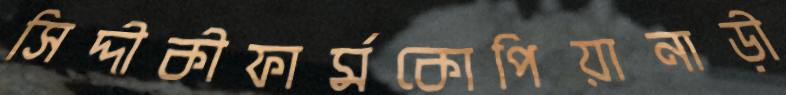
সিদ্দীকীফার্মকোপিয়ানাড়ী